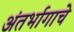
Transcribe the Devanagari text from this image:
अंतर्भागाचे